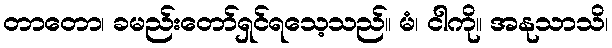
တာတော၊ ခမည်းတော်ရှင်ရသေ့သည်။ မံ၊ ငါကို။ အနုသာသိ၊